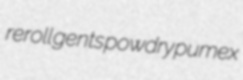
reroll gents powdry pumex